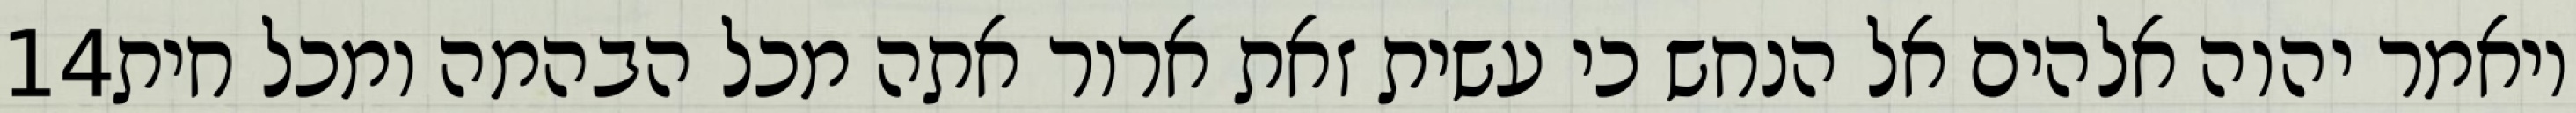
‎14‏ ויאמר יהוה אלהים אל הנחש כי עשית זאת ארור אתה מכל הבהמה ומכל חית